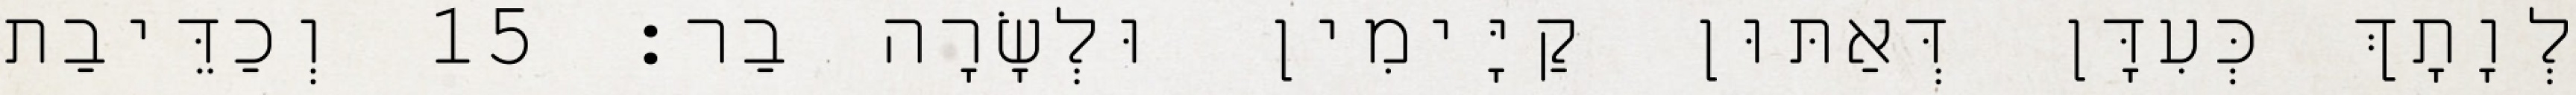
לְוָתָךְ כְּעִדָּן דְּאַתּוּן קַיָּימִין וּלְשָׂרָה בַר׃ 15 וְכַדֵּיבַת